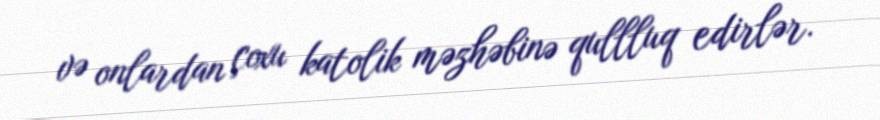
və onlardan çoxu katolik məzhəbinə qullluq edirlər.